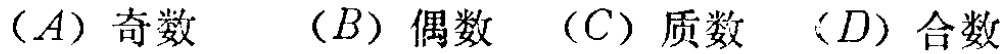
$(A)\ 奇数\quad (B)\ 偶数\quad (C)\ 质数\quad (D)\ 合数$